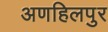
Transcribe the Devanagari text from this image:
अणहिलपुर